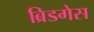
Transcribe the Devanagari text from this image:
ब्रिडगेस